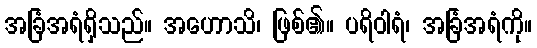
အခြံအရံရှိသည်။ အဟောသိ၊ ဖြစ်၏။ ပရိဝါရံ၊ အခြံအရံကို။